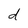
Character: d